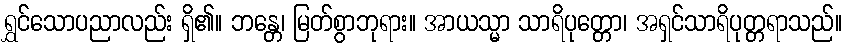
ရွှင်သောပညာလည်း ရှိ၏။ ဘန္တေ၊ မြတ်စွာဘုရား။ အာယသ္မာ သာရိပုတ္တော၊ အရှင်သာရိပုတ္တရာသည်။